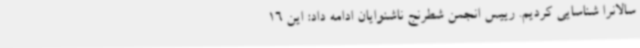
سالانرا شناسایی کردیم. رییس انجمن شطرنج ناشنوایان ادامه داد: این 16